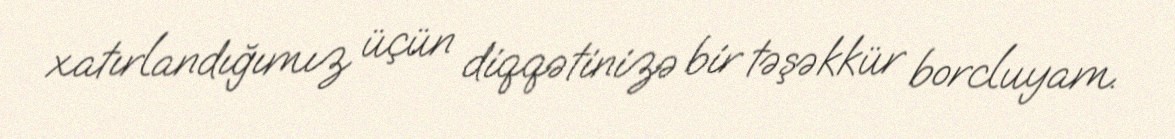
xatırlandığımız üçün diqqətinizə bir təşəkkür borcluyam.